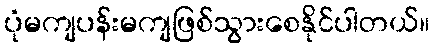
ပုံမကျပန်းမကျဖြစ်သွားစေနိုင်ပါတယ်။